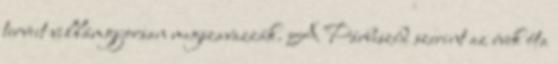
terveit villámgyorsan megszavazzák. A Párbeszéd szerint az évek óta